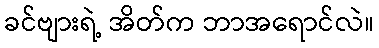
ခင်ဗျားရဲ့ အိတ်က ဘာအရောင်လဲ။